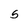
Character: 5